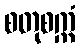
စတုစက္ကံ